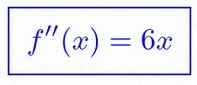
f''(x)=6x